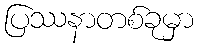
ပြဿနာတစ်ခုမှာ